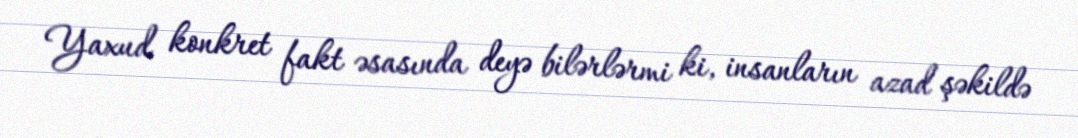
Yaxud konkret fakt əsasında deyə bilərlərmi ki, insanların azad şəkildə